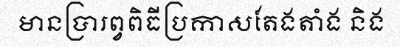
មានប្រារព្វពិធីប្រកាសតែងតាំង និង